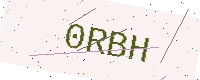
Text: 0RBH